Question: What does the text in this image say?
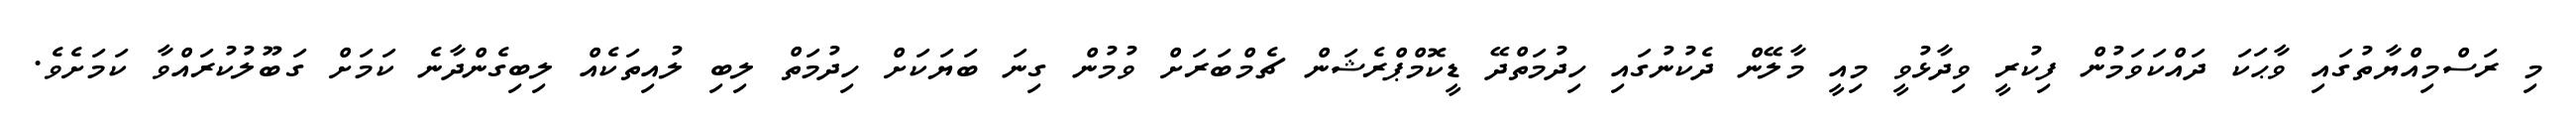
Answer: މި ރަސްމިއްޔާތުގައި ވާޙަކަ ދައްކަވަމުން ފިކުރީ ވިދާޅުވީ މިއީ މާލޭން ދެކުނުގައި ހިދުމަތްދޭ ޑީކޮމްޕްރެޝަން ޗެމްބަރަށް ވުމުން ގިނަ ބަޔަކަށް ހިދުމަތް ލިބި ލުއިތަކެއް ލިބިގެންދާނެ ކަމަށް ގަބޫލުކުރައްވާ ކަމަށެވެ.